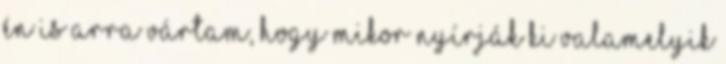
Én is arra vártam, hogy mikor nyírják ki valamelyik